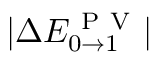
| \Delta E _ { 0 \rightarrow 1 } ^ { \mathrm { ~ P ~ V ~ } } |